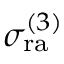
\sigma _ { \mathrm { r a } } ^ { ( 3 ) }